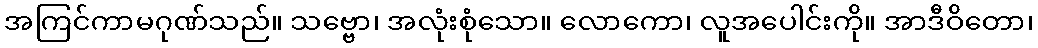
အကြင်ကာမဂုဏ်သည်။ သဗ္ဗော၊ အလုံးစုံသော။ လောကော၊ လူအပေါင်းကို။ အာဒီဝိတော၊